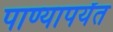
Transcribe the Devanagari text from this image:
पाण्यापर्यंत